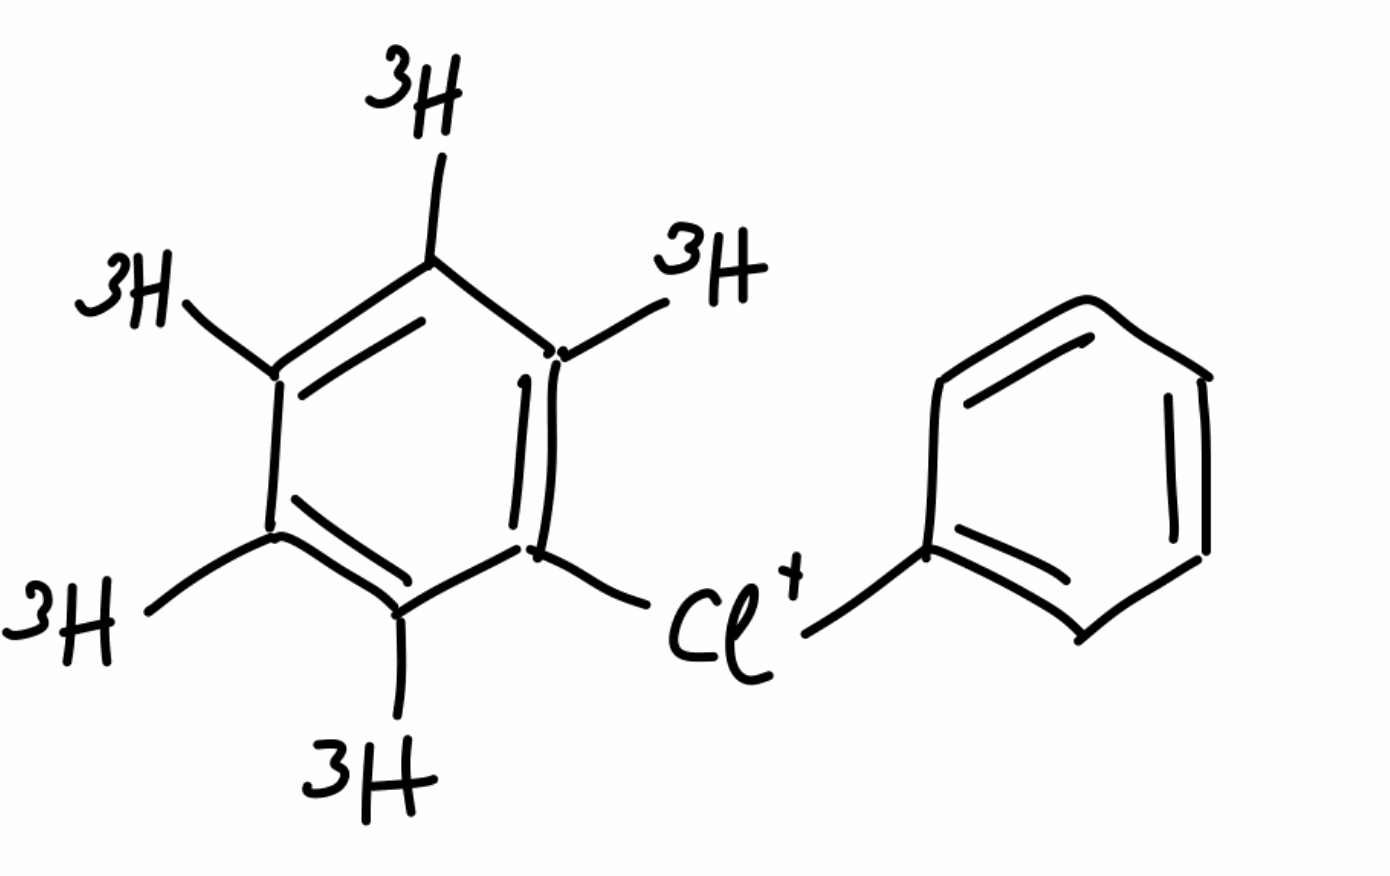
Simplified molecular-input line-entry system (SMILES) notation of the given molecule:
[3H]C1=C(C(=C(C(=C1[3H])[3H])[Cl+]C2=CC=CC=C2)[3H])[3H]